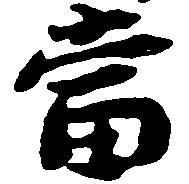
当